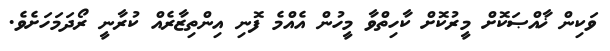
ވަކިން ޚާއްޞަކޮށް މީރުކޮށް ކާހިތްވާ މީހުން އެއްމެ ފޮނި އިންތިޒާރެއް ކުރާނީ ރޯދަމަހަށެވެ.